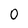
Character: 0